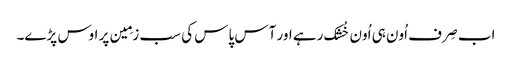
اب صِرف اُون ہی اُون خُشک رہے اور آس پاس کی سب زمِین پر اوس پڑے۔